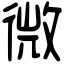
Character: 微